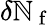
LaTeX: \delta\mathbb{N}_{\mathrm{{~f~}}}